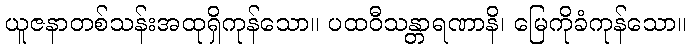
ယူဇနာတစ်သန်းအထုရှိကုန်သော။ ပထဝီသန္တာရဏာနိ၊ မြေကိုခံကုန်သော။